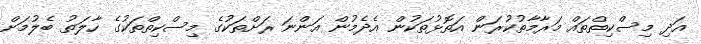
އަދި މިސްކިތްތައް މަރާމާތުކުރަން އަތޮޅުތަކުން އެދެމުން އަންނަ ރަށްތަކުގެ މިސްކިތްތަކުގެ ހާލަތު ބެލުމަށް